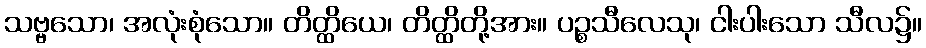
သဗ္ဗသော၊ အလုံးစုံသော။ တိတ္ထိယေ၊ တိတ္ထိတို့အား။ ပဉ္စသီလေသု၊ ငါးပါးသော သီလ၌။